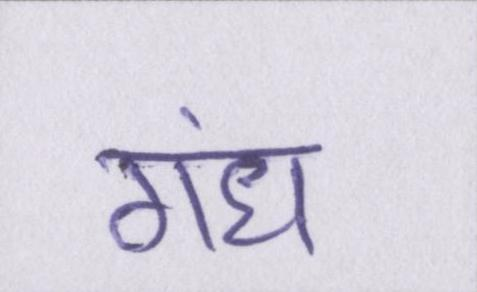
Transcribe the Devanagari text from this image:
गंध